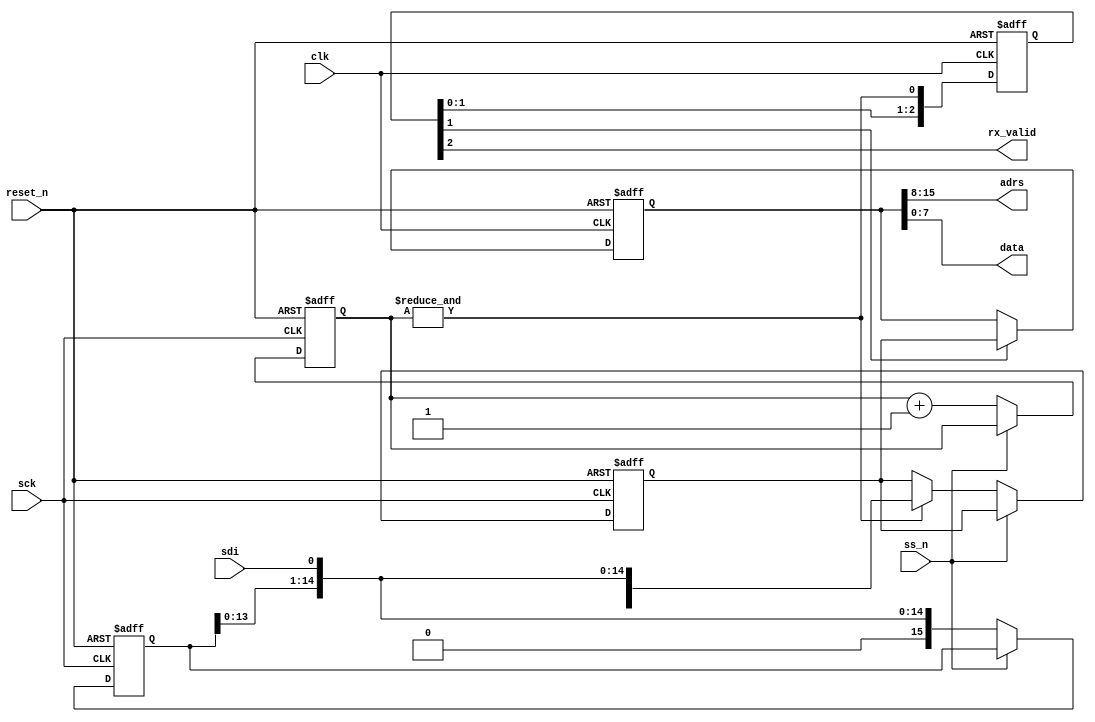

module spi_rx(
  clk,
  reset_n,
  sdi,
  sck,
  ss_n,
  adrs,
  data,
  rx_valid);

  input   wire          clk, reset_n, sdi, sck, ss_n;
  output  wire          rx_valid;
  output  wire  [7:0]   adrs, data;

          reg   [15:0]  shift_reg, rx_buf1, rx_buf2;
          reg   [3:0]   rx_cnt;
          reg   [2:0]   valid_sync;
          wire          rx_done;

  assign  rx_done = &rx_cnt;
  assign  adrs = rx_buf2[15:8];
  assign  data = rx_buf2[7:0];
  assign  rx_valid = valid_sync[2];

  always @(posedge clk, negedge reset_n)
  begin
    if(!reset_n)
      begin
        valid_sync <= 0;
        rx_buf2 <= 0;
      end
    else
      begin
        valid_sync <= {valid_sync[1:0], rx_done};
        if(valid_sync[1]) rx_buf2 <= rx_buf1;
        else rx_buf2 <= rx_buf2;
      end
  end

  always @(negedge sck, negedge reset_n)
  begin
    if(!reset_n)
      begin
        shift_reg <= 0;
        rx_buf1 <= 0;
        rx_cnt <= 0;
      end
    else if(!ss_n)
      begin
        shift_reg <= {shift_reg[13:0], sdi};
        rx_cnt <= rx_cnt + 1;
        if(rx_done) rx_buf1 <= {shift_reg, sdi};
      end
  end

endmodule